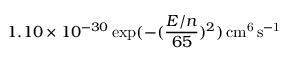
1 . 1 0 \times 1 0 ^ { - 3 0 } \exp ( - ( \frac { E / n } { 6 5 } ) ^ { 2 } ) \, \mathrm { c m ^ { 6 } \, s ^ { - 1 } }